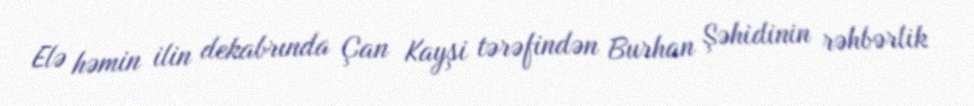
Elə həmin ilin dekabrında Çan Kayşi tərəfindən Burhan Şəhidinin rəhbərlik